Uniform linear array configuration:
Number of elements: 48
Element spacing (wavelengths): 1
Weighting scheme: kaiser
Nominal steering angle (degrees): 60
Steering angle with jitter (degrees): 61.364
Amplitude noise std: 0.05
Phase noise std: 0.05

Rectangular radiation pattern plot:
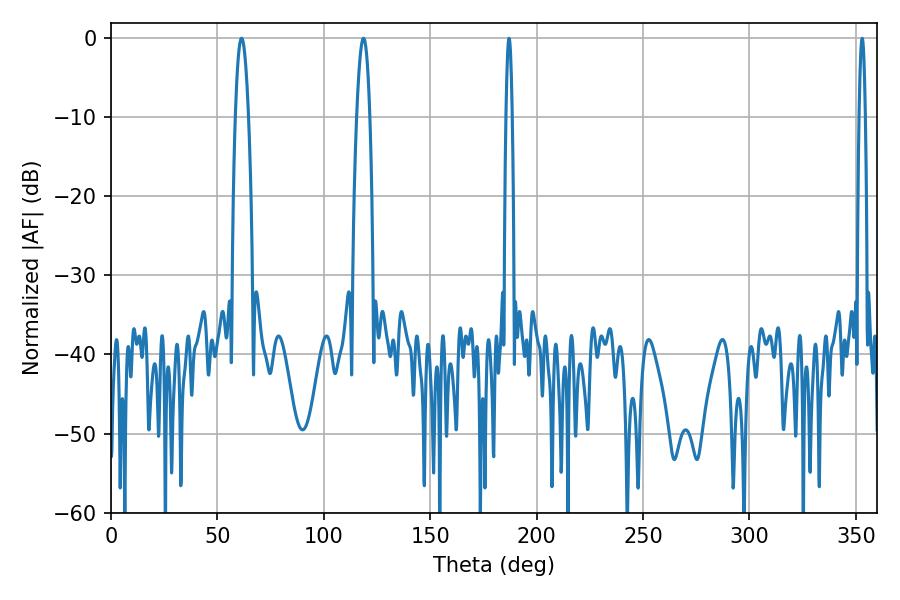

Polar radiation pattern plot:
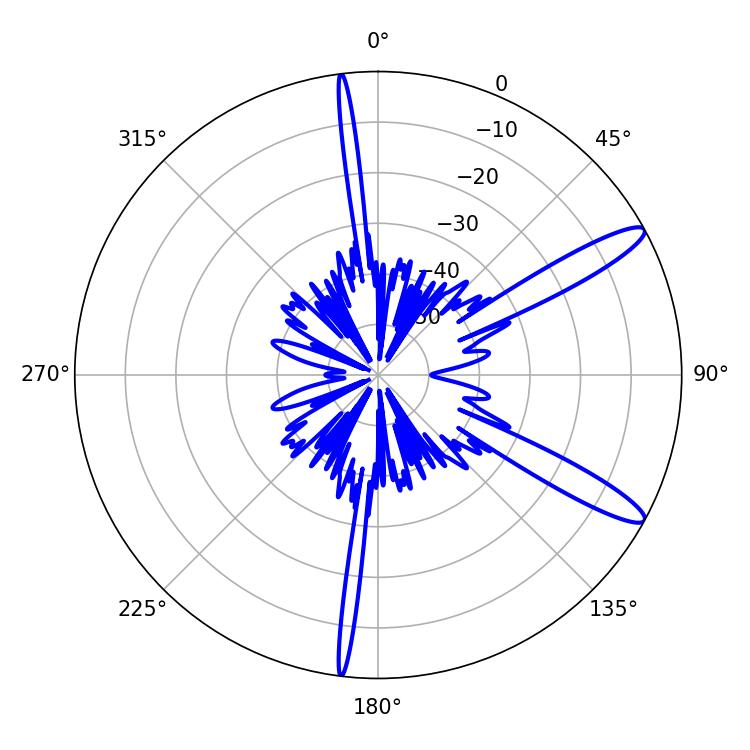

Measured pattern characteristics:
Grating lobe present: TRUE
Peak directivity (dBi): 12.758
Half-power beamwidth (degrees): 1.44
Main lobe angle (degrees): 187.02